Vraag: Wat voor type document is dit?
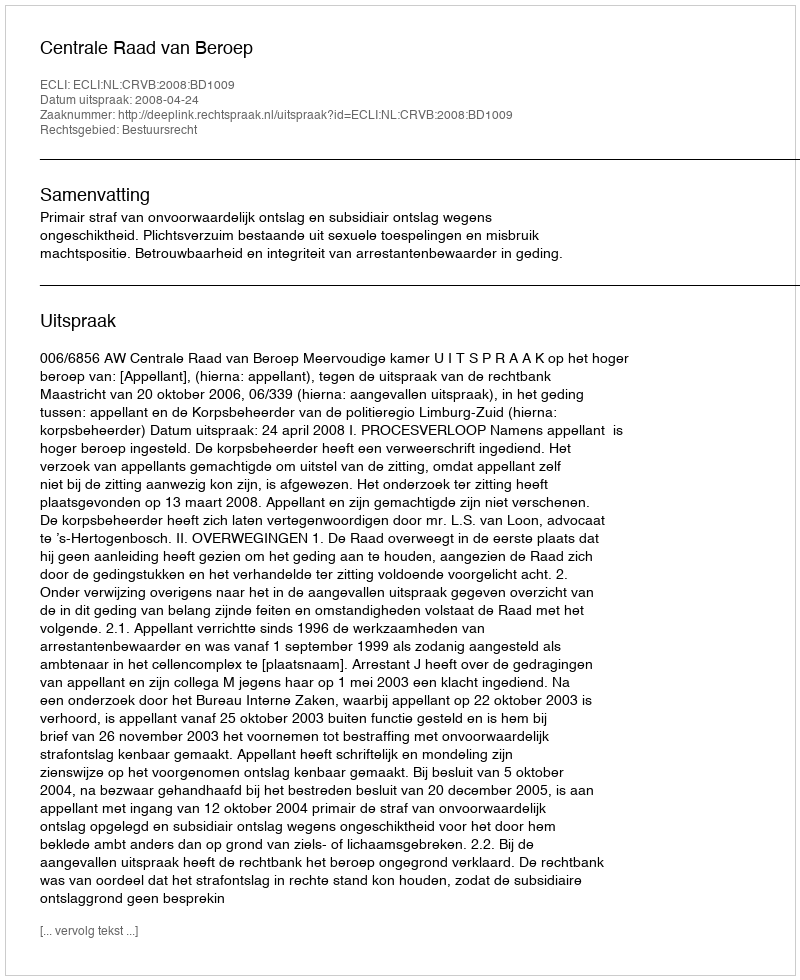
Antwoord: Uitspraak